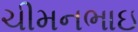
ચીમનભાઇ